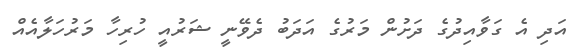
އަދި އެ ގަވާއިދުގެ ދަށުން މަރުގެ އަދަބު ދެވޭނީ ޝަރުއީ ހުރިހާ މަރުހަލާއެއް